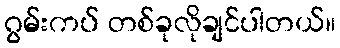
ဂွမ်းကပ် တစ်ခုလိုချင်ပါတယ်။